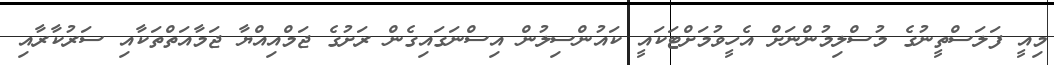
މިއީ ފަލަސްތީނުގެ މުސްލިމުންނަށް އެހީވުމަށްޓަކައީ ކައުންސިލުން އިސްނަގައިގެން ރަށުގެ ޖަމްއިއްޔާ ޖަމާއަތްތަކާއި ސަރުކާރާއި